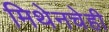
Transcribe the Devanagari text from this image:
मिथेनचेही